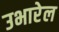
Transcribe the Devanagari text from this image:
उभारेल